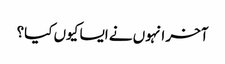
آخر انہوں نے ایسا کیوں کیا؟